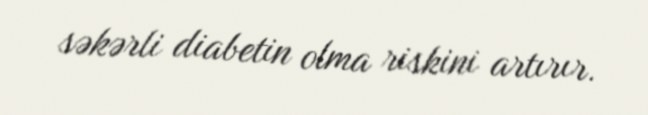
səkərli diabetin olma riskini artırır.